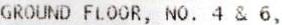
GROUND FLOOR, NO. 4 & 6,